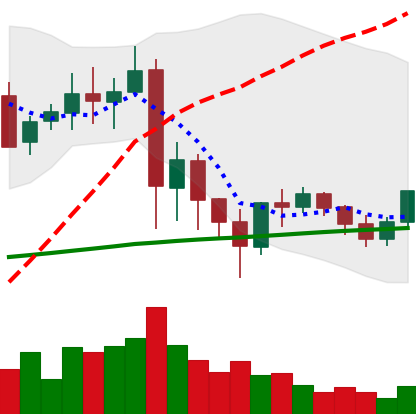
Ticker: XRP-USD
Chart end date: 2021-05-31
Forward return: -11.781%
Label: down_7plus